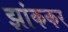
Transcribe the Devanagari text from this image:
झांककर